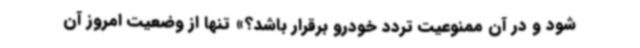
شود و در آن ممنوعیت تردد خودرو برقرار باشد؟» تنها از وضعیت امروز آن